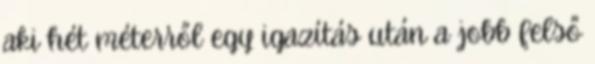
aki hét méterről egy igazítás után a jobb felső